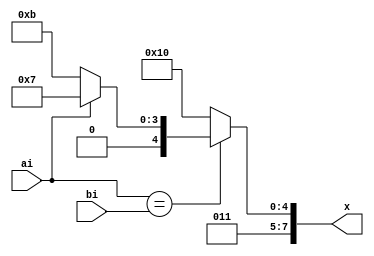
module kpg(x,ai,bi);

input ai,bi;
output reg[7:0] x;

always @(ai or bi)
if(ai==bi)
begin
if(ai==0)
x="k";
else
x="g";
end
else
x="p";

endmodule